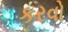
કરવો